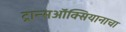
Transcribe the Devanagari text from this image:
ट्रान्सऑक्सियानाचा